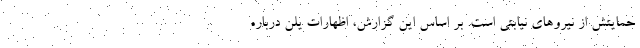
حمایتش از نیروهای نیابتی است. بر اساس این گزارش، اظهارات یلن درباره